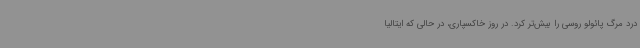
درد مرگ پائولو روسی را بیش‌تر کرد. در روز خاکسپاری، در حالی که ایتالیا